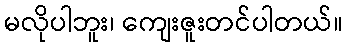
မလိုပါဘူး၊ ကျေးဇူးတင်ပါတယ်။